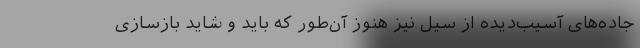
جاده‌های آسیب‌دیده از سیل نیز هنوز آن‌طور که باید و شاید بازسازی